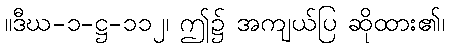
။ဒီဃ-၁-ဋ္ဌ-၁၁၂၊ ဤ၌ အကျယ်ပြ ဆိုထား၏၊